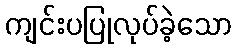
ကျင်းပပြုလုပ်ခဲ့သော